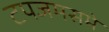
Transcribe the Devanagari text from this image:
टपजमसमे